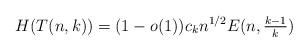
LaTeX: \begin{align*}H(T(n,k)) = (1-o(1))c_k n^{1/2} E(n,{\textstyle \frac{k-1}{k}})\end{align*}